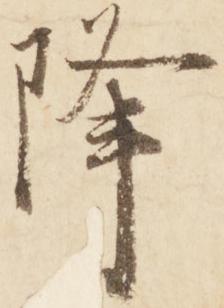
降